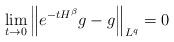
LaTeX: \begin{align*}\lim_{t\to 0}\left\| e^{-tH^{\beta}} g-g\right\|_{L^q}=0\end{align*}